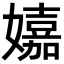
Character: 𡣗